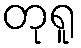
တုရူ